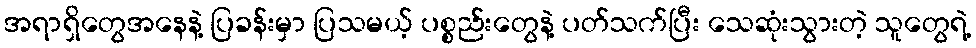
အရာရှိတွေအနေနဲ့ ပြခန်းမှာ ပြသမယ့် ပစ္စည်းတွေနဲ့ ပတ်သက်ပြီး သေဆုံးသွားတဲ့ သူတွေရဲ့